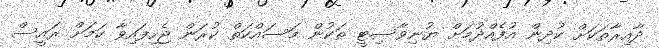
ދާއިރާތަކަށް ކުދިން އުފެއްދުމަށް ޔުނިވާސިޓީ ތަކުން މަސައްކަތް ކުރަން ޖެހިފައިވާ ކަމަށް ރައީސް